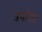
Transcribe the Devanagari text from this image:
त्रयोदष